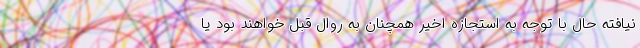
نیافته حال با توجه به استجازه اخیر همچنان به روال قبل خواهند بود یا